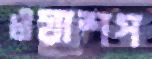
ওয়াশপ